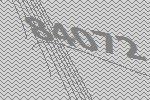
84072